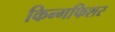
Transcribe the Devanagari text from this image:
किन्गफिशर